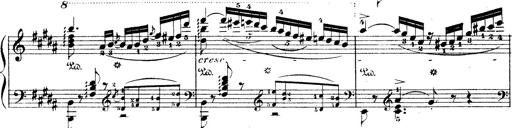
Title: Wagner-Liszt Album
Composer: Franz Liszt